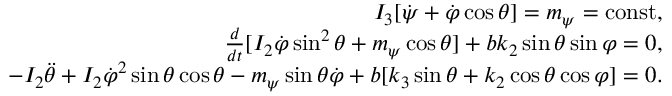
\begin{array} { r } { I _ { 3 } [ \dot { \psi } + \dot { \varphi } \cos \theta ] = m _ { \psi } = \mathrm { c o n s t } , } \\ { \frac { d } { d t } [ I _ { 2 } \dot { \varphi } \sin ^ { 2 } \theta + m _ { \psi } \cos \theta ] + b k _ { 2 } \sin \theta \sin \varphi = 0 , } \\ { - I _ { 2 } \ddot { \theta } + I _ { 2 } \dot { \varphi } ^ { 2 } \sin \theta \cos \theta - m _ { \psi } \sin \theta \dot { \varphi } + b [ k _ { 3 } \sin \theta + k _ { 2 } \cos \theta \cos \varphi ] = 0 . } \end{array}